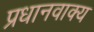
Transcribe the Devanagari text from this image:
प्रधानवाक्य